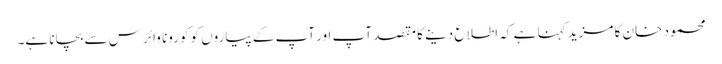
محمود خان کا مزید کہنا ہے کہ اطلاع دینے کا مقصد آپ اور آپ کے پیاروں کو کورونا وائرس سے بچانا ہے۔